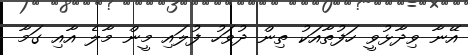
އޭނާ ވިދާޅުވީ ހަފުތާއަކު ތިން ދުވަހު ފުލައި މީން މާލެ އާއި ގަމާ